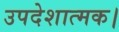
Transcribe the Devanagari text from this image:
उपदेशात्मक।